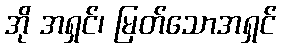
အို အရှင်၊ မြတ်သောအရှင်